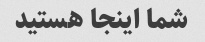
شما اینجا هستید